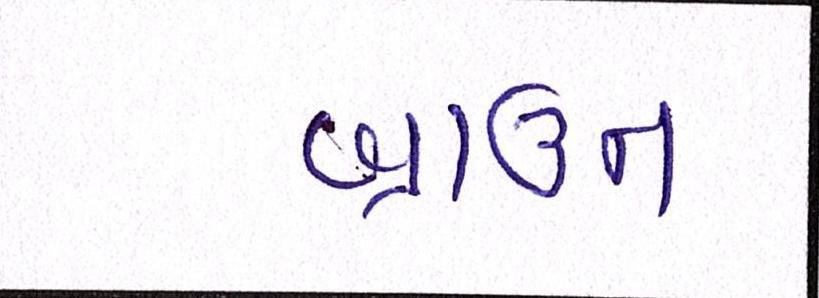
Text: બ્રાઉન